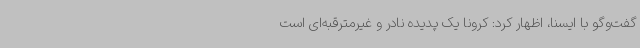
گفت‌وگو با ایسنا، اظهار کرد: کرونا یک پدیده نادر و غیرمترقبه‌ای است